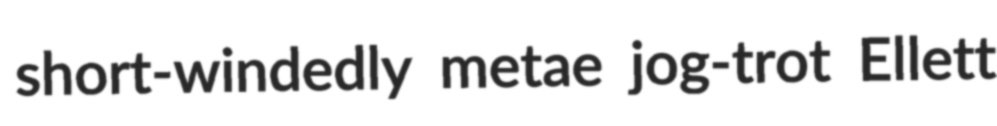
short-windedly metae jog-trot Ellett